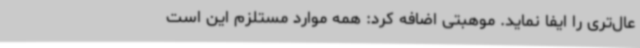
عال‌تری را ایفا نماید. موهبتی اضافه کرد: همه موارد مستلزم این است